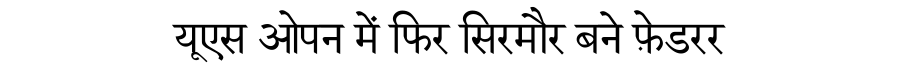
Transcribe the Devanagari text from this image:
यूएस ओपन में फिर सिरमौर बने फ़ेडरर